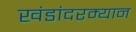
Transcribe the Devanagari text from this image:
खंडांदरम्यान